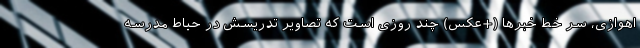
اهوازی، سر خط خبرها (+عکس) چند روزی است که تصاویر تدریسش در حیاط مدرسه